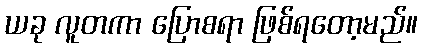
ယခု လူတကာ ပြောစရာ ဖြစ်ရတော့မည်။